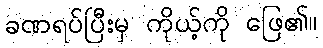
ခဏရပ်ပြီးမှ ကိုယ့်ကို ဖြေ၏။